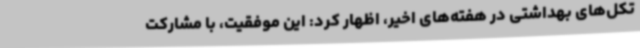
تکل‌های بهداشتی در هفته‌های اخیر، اظهار کرد: این موفقیت، با مشارکت